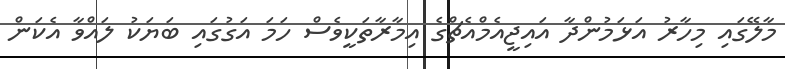
މާލޭގައި މިހާރު އަޅަމުންދާ އައިޖީއެމްއެޗްގެ އިމާރާތަކީވެސް ހަމަ އަގުގައި ބަޔަކު ލައްވާ އެކަން